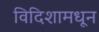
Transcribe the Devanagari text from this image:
विदिशामधून